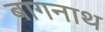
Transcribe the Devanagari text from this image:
बागनाथ